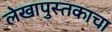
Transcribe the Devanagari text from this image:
लेखापुस्तकाचा